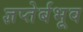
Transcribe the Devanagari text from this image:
ज्ञप्तेर्बभूव